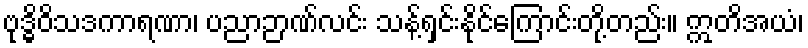
ဗုဒ္ဓိဝိသဒကာရဏာ၊ ပညာဉာဏ်လင်း သန့်ရှင်းနိုင်ကြောင်းတို့တည်း။ ဣတိအယံ၊